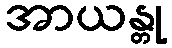
အာယန္တု